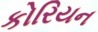
કોરિયન